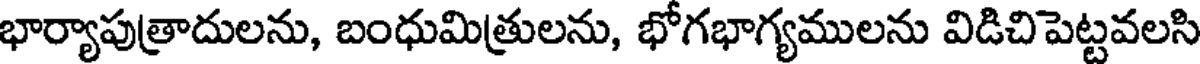
భార్యాపుత్రాదులను, బంధుమిత్రులను, భోగభాగ్యములను విడిచిపెట్టవలసి